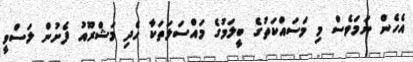
އެހެން ނަމަވެސް މި މަސައްކަތުގެ ބީލަމުގެ މައްސަލަތަކާ ހެދި މަޝްރޫއު ފެށުން ލަސްވީ